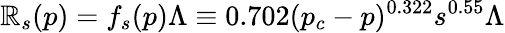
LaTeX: \mathbb{R}_{s}(p)=f_{s}(p)\Lambda\equiv0.702(p_{c}-p)^{0.322}s^{0.55}\Lambda